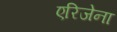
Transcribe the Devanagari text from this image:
एरिजेना